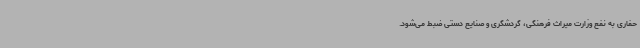
حفاری به نفع وزارت میراث فرهنگی، گردشگری و صنایع دستی ضبط می‌شود.